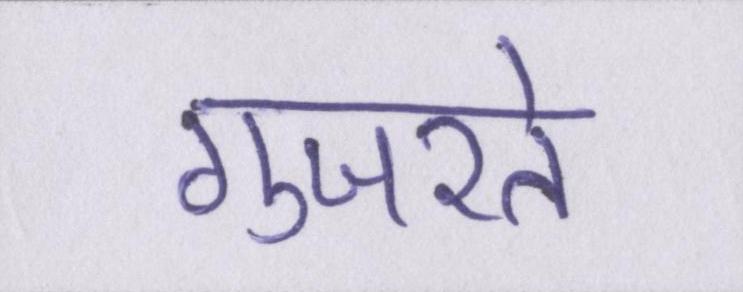
गुजरते